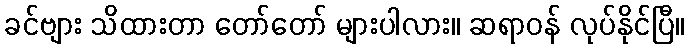
ခင်ဗျား သိထားတာ တော်တော် များပါလား။ ဆရာဝန် လုပ်နိုင်ပြီ။